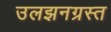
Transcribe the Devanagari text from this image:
उलझनग्रस्त